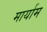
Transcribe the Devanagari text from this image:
मार्याम